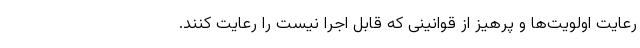
رعایت اولویت‌ها و پرهیز از قوانینی که قابل اجرا نیست را رعایت کنند.